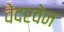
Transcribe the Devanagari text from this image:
वेदरवेन